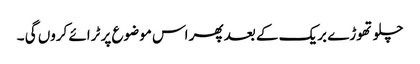
چلو تھوڑے بریک کے بعد پھر اس موضوع پر ٹرائے کروں گی ۔